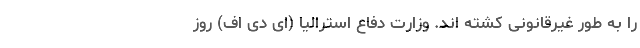
را به طور غیرقانونی کشته اند. وزارت دفاع استرالیا (اِی دی اف) روز